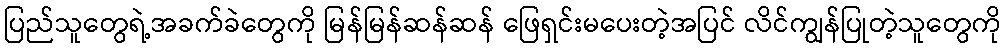
ပြည်သူတွေရဲ့အခက်ခဲတွေကို မြန်မြန်ဆန်ဆန် ဖြေရှင်းမပေးတဲ့အပြင် လိင်ကျွန်ပြုတဲ့သူတွေကို